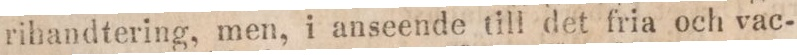
rihandtering, men, i anseende tilld et fria och vac-